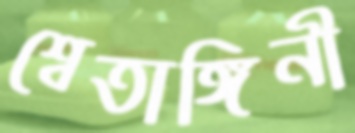
শ্বেতাঙ্গিনী